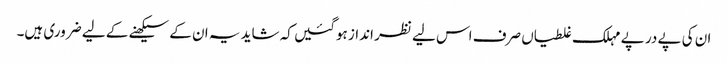
ان کی پے در پے مہلک غلطیاں صرف اس لیے نظر انداز ہوگئیں کہ شاید یہ ان کے سیکھنے کے لیے ضروری ہیں۔